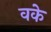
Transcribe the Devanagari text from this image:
वके